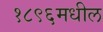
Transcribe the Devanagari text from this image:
१८९६मधील